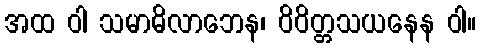
အထ ဝါ သမာဓိလာဘေန၊ ဝိဝိတ္တသယနေန ဝါ။